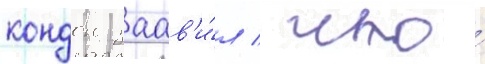
кондон заав'и́л / что́